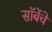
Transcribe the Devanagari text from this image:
सॉर्बेचे